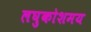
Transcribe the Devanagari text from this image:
लघुकोशमय